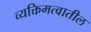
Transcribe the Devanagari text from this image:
व्यक्तिमत्वातील